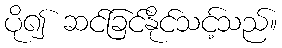
ပို၍ ဆင်ခြင်နိုင်သင့်သည်။